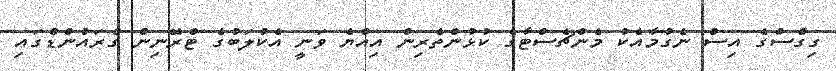
ގިގްސްގެ އިސް ނެގުމާއެކު މެންޗެސްޓާގެ ކުޅުންތެރިން އިއްޔެ ވަނީ އެކުލަބުގެ ޓްރޭނިން ގްރައުންޑްގައި